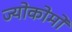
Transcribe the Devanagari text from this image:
ज्योकोमो